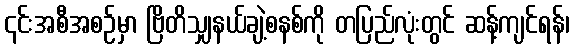
၎င်းအစီအစဉ်မှာ ဗြိတိသျှနယ်ချဲ့စနစ်ကို တပြည်လုံးတွင် ဆန့်ကျင်ရန်၊